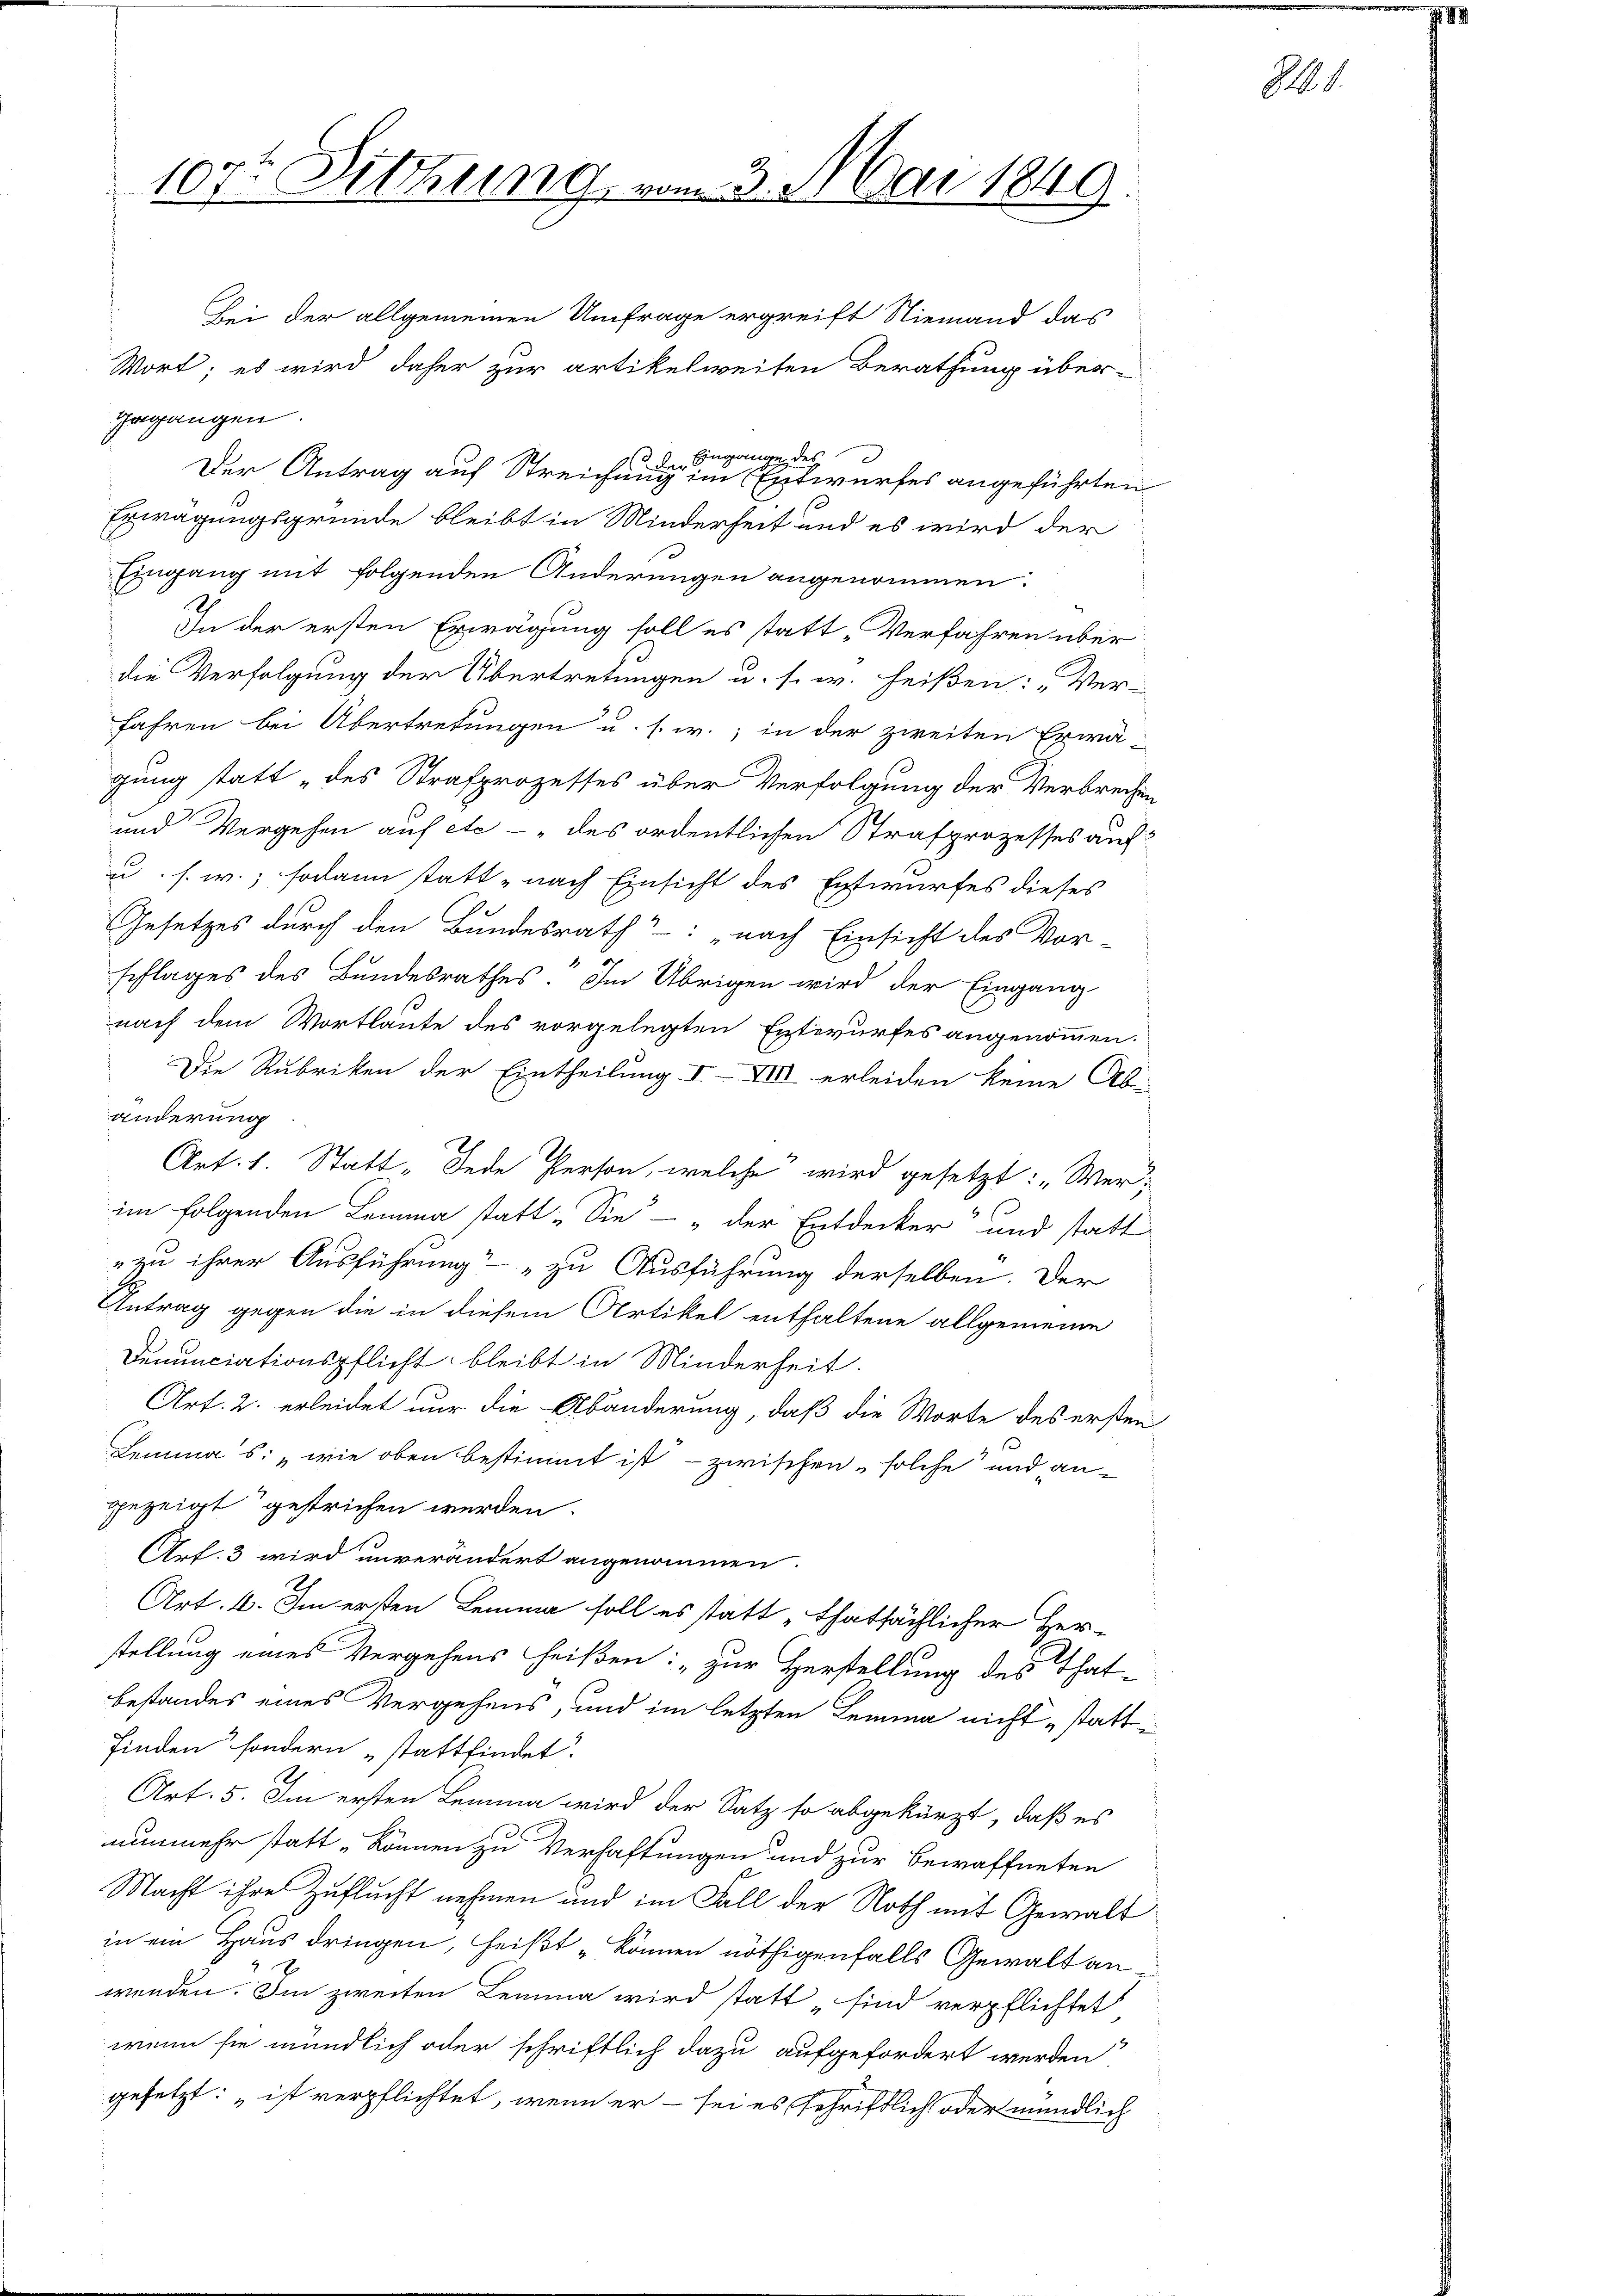
107ten Sitzung, vom 3. Mai 1849

gegangen.
de Eingange des
Der Antrag auf Streichung im Entwurfes angeführten
Erwägungsgründe bleibt in Minderheit und es wird der
Eingang mit folgenden Änderungen angenommen.
e
In der ersten Erwägung soll es statt „Verfahren über
die Verfolgung der Übertretungen u. s. w. heißen: Ver-
fahren bei Übertretungen u. s. w., in der zweiten Erwä-
gung statt „des Strafprozesses über Verfolgung der Verbrechen
und Vergehen auf etc - „des ordentlichen Strafprozesses auf:
u. s. w.; sodann statt „nach Einsicht des Entwurfes dieses
Gesetzes durch den Bundesrath“: „nach Einsicht des Vor-
schlages des Bundesrathes. Im Übrigen wird der Eingang
nach dem Wortlaute des vorgelegten Entwurfes angenommen.
Die Rubriken der Eintheilung I-XIII erleiden keine Ab-
änderung
Art. 1. Statt „Jede Person, welche wird gesetzt: „Wer
im folgenden Lemma statt „Sie“ – „der Entdecker und statt
zu ihrer Ausführung“ „zu Ausführung derselben. Der
Antrag gegen die in diesem Artikel enthaltene allgemeine
Denunciationspflicht bleibt in Minderheit.
Art. 2. erleidet nur die Abänderung, daß die Worte des ersten
Lemma s: „wie oben bestimmt ist - zwischen solche und an-
gezeigt gestrichen werden.
Art. 3 wird unverändert angenommen.
Art. 6. Im ersten Lemma soll es statt „thatsächlicher Her-
stellung eines Vergehens heißen: „zur Herstellung des That-
bestandes eines Vergehens, und im letzten Lemma nicht stattfinden sondern stattfindet
Art. 5. Im ersten Lemma wird der Satz so abgekürzt, daß es
nunmehr statt „können zu Verhaftungen und zur Bewaffneten
Macht ihre Zuflucht nehmen und im Fall der Noth mit Gewalt
in ein Haus dringen, heißt können nöthigenfalls Gewalt an
wenden. Im zweiten Lemma wird statt „sind verpflichtet
wenn sie mündlich oder schriftlich dazu aufgefordert werden
gesetzt: „ist verpflichtet, wenn er - sei es schriftlich oder mündlich

Bei der allgemeinen Umfrage ergreift Niemand das
Wort; es wird daher zur artikelweisen Berathung über-

811.